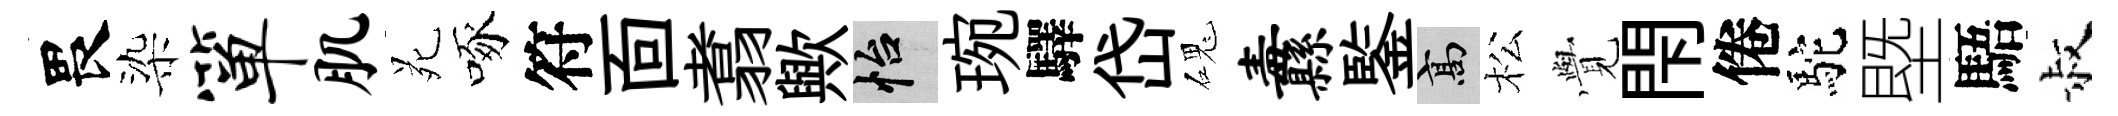
畏染箪肌苑啄符靣翥歟怡琬驛岱磈纛鍳高松𮗜閇倦駝塈䮏叔